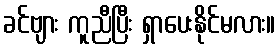
ခင်ဗျား ကူညီပြီး ရှာပေးနိုင်မလား။